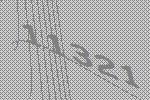
11321